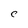
Character: C